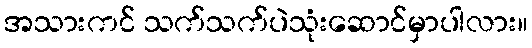
အသားကင် သက်သက်ပဲသုံးဆောင်မှာပါလား။